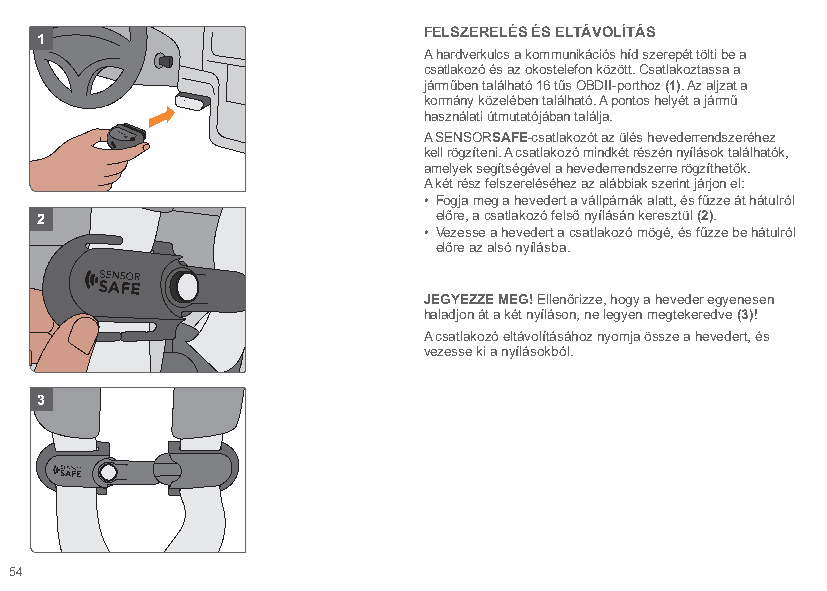
FELSZERELÉS ÉS ELTÁVOLÍTÁS
 1
 A hardverkulcs a kommunikációs híd szerepét tölti be a
 csatlakozó és az okostelefon között. Csatlakoztassa a
 járműben található 16 tűs OBDII-porthoz (1). Az aljzat a
 kormány közelében található. A pontos helyét a jármű
 használati útmutatójában találja.
 A SENSORSAFE-csatlakozót az ülés hevederrendszeréhez
 kell rögzíteni. A csatlakozó mindkét részén nyílások találhatók,
 amelyek segítségével a hevederrendszerre rögzíthetők.
 A két rész felszereléséhez az alábbiak szerint járjon el:
 • Fogja meg a hevedert a vállpárnák alatt, és fűzze át hátulról
 2                          előre, a csatlakozó felső nyílásán keresztül (2).
 • Vezesse a hevedert a csatlakozó mögé, és fűzze be hátulról
 előre az alsó nyílásba.
 JEGYEZZE MEG! Ellenőrizze, hogy a heveder egyenesen
 haladjon át a két nyíláson, ne legyen megtekeredve (3)!
 A csatlakozó eltávolításához nyomja össze a hevedert, és
 vezesse ki a nyílásokból.
 3
 54